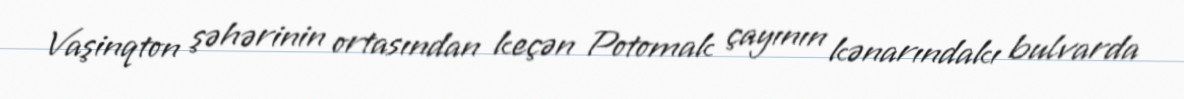
Vaşinqton şəhərinin ortasından keçən Potomak çayının kənarındakı bulvarda